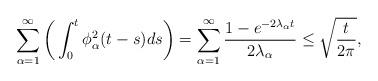
LaTeX: \begin{align*}\sum_{\alpha=1}^\infty \bigg( \int_0^t \phi_\alpha^2(t-s)ds \bigg)=\sum_{\alpha=1}^\infty\frac{1-e^{-2\lambda_\alpha t}}{2\lambda_\alpha}\le \sqrt{\frac t{2\pi}},\end{align*}